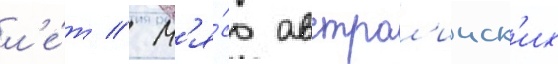
л'е́т // М'я́со австрал'ииск'их